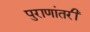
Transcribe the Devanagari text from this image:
पुराणांतरीं